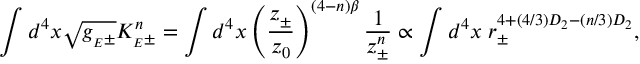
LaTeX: \int d ^ { 4 } x \sqrt { g _ { { } _ { E } \pm } } { \cal K } _ { { } _ { E } \pm } ^ { n } = \int d ^ { 4 } x \left( { \frac { z _ { \pm } } { z _ { 0 } } } \right) ^ { ( 4 - n ) \beta } { \frac { 1 } { z _ { \pm } ^ { n } } } \propto \int d ^ { 4 } x \; r _ { \pm } ^ { 4 + ( 4 / 3 ) D _ { 2 } - ( n / 3 ) D _ { 2 } } ,